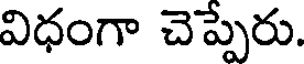
విధంగా చెప్పేరు.